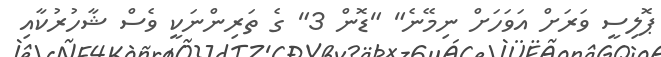
ޕޮލިސީ ވަރަށް އަވަހަށް ނިމޭނެ" "ޑޮން 3" ގެ ތަރިންނަކީ ވެސް ޝާހުރުކާއި